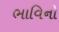
ભાવિનો